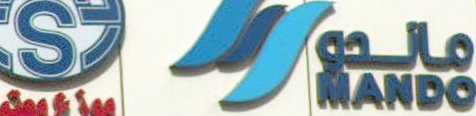
SANDO